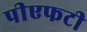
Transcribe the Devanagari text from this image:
पीएफटी